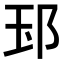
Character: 𨚝